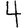
Digit: 4